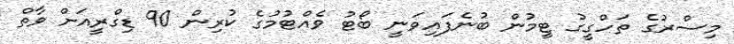
މިސްރުގެ ތަހްގީގު ޓީމުން ބުނެފައިވަނީ ބޯޓު ވެއްޓުމުގެ ކުރިން 90 ޑިގްރީއަށް ވާތް